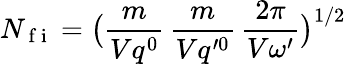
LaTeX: N_{\mathrm{~f~i~}}=\big(\frac{m}{Vq^{0}}\, \frac{m}{Vq^{\prime 0}}\, \frac{2\pi}{V\omega^{\prime}}\big)^{1/2}